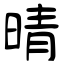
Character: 晴